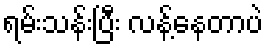
ရမ်းသန်းပြီး လန့်နေတာပဲ